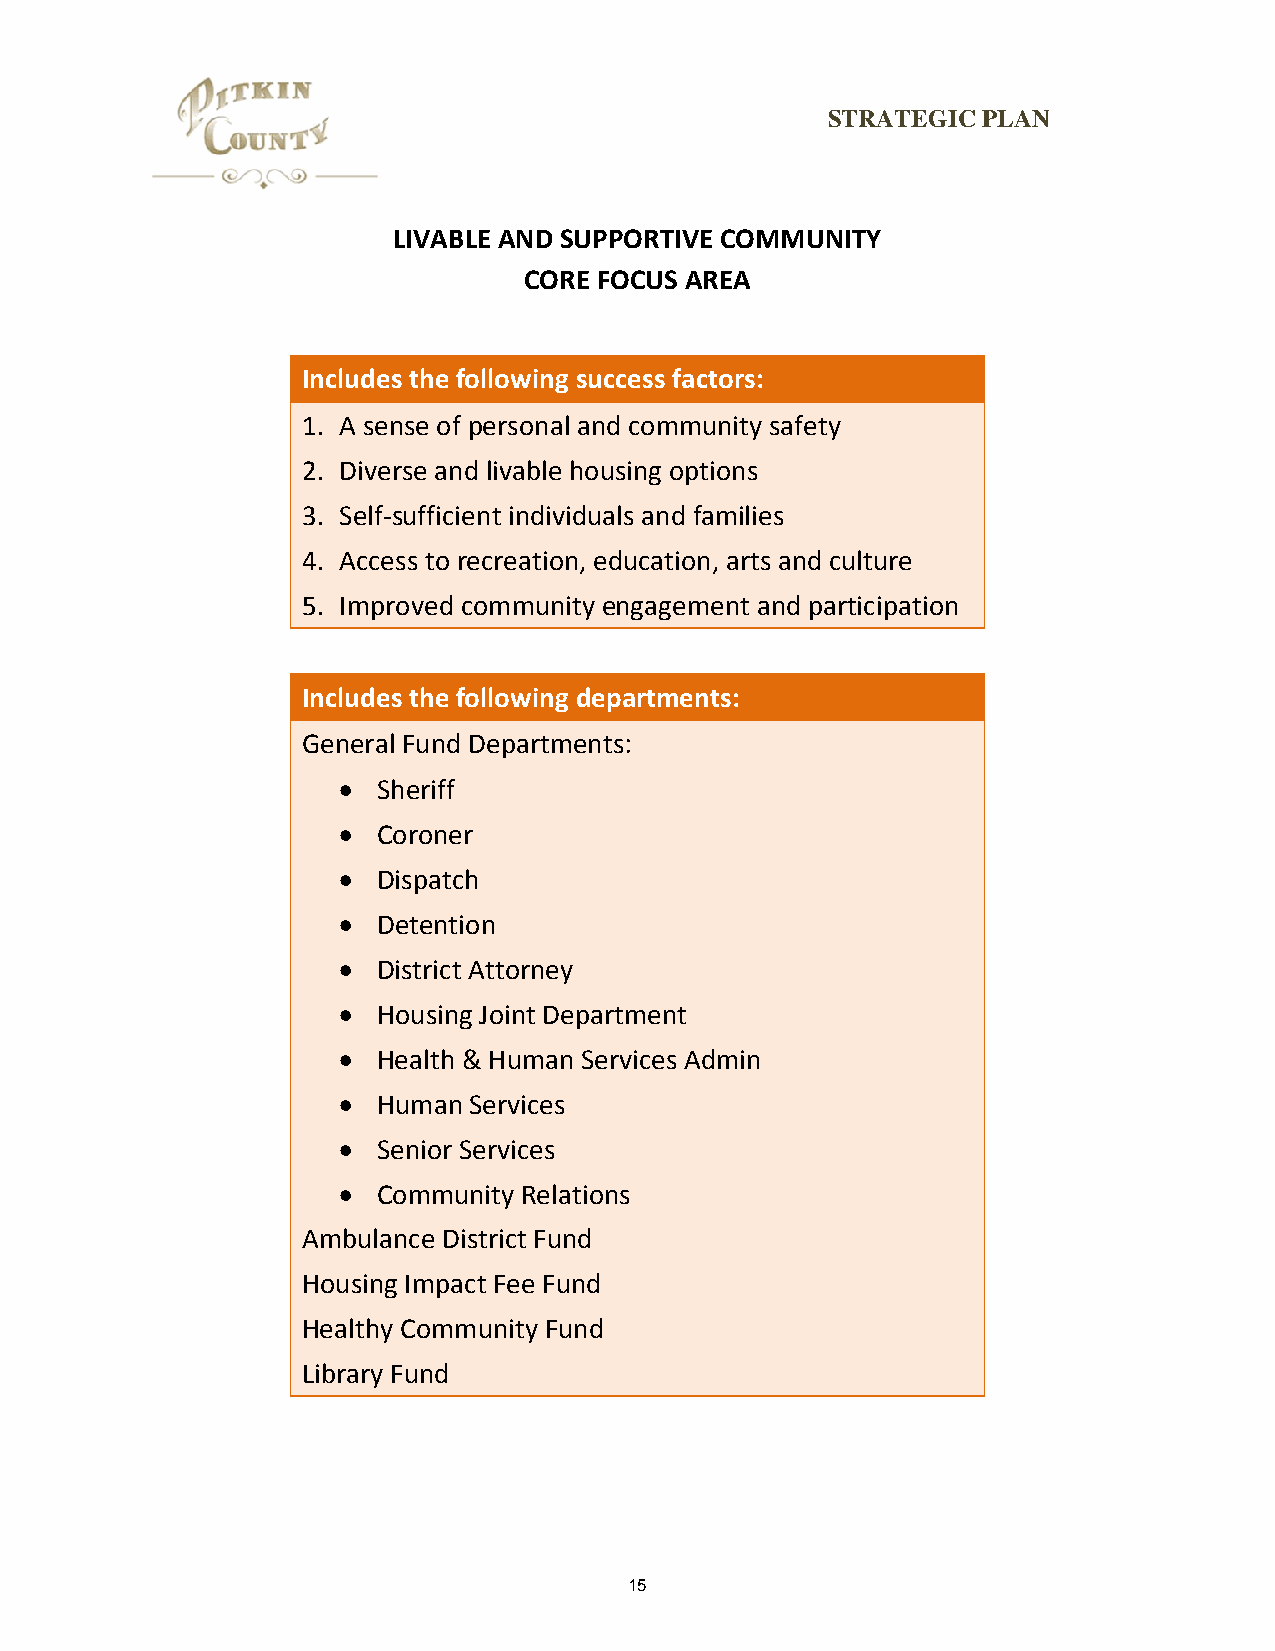
STRATEGIC PLAN
 LIVABLE AND SUPPORTIVE COMMUNITY
 CORE FOCUS AREA
 Includes the following success factors:
 1. A sense of personal and community safety
 2. Diverse and livable housing options
 3. Self‐sufficient individuals and families
 4. Access to recreation, education, arts and culture
 5. Improved community engagement and participation
 Includes the following departments:
 General Fund Departments:
   Sheriff
   Coroner
   Dispatch
   Detention
   District Attorney
   Housing Joint Department
   Health & Human Services Admin
   Human Services
   Senior Services
   Community Relations
 Ambulance District Fund
 Housing Impact Fee Fund
 Healthy Community Fund
 Library Fund
 15